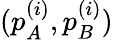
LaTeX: (p_{A}^{(i)},p_{B}^{(i)})